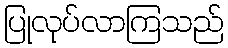
ပြုလုပ်လာကြသည်